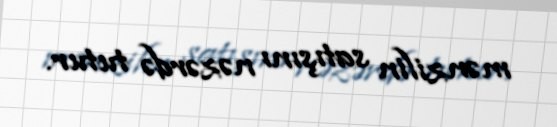
mənzilin satışını nəzərdə tutur.